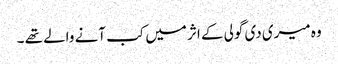
وہ میری دی گولی کے اثر میں کب آنے والے تھے ۔